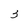
Character: 3